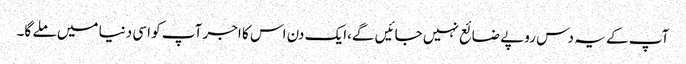
آپ کے یہ دس روپے ضائع نہیں جائیں گے،ایک دن اس کا اجر آپ کو اسی دنیا میں ملے گا۔